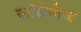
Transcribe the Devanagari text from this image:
कॉलेजेज